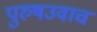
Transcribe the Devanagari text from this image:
पुरुषउवाच